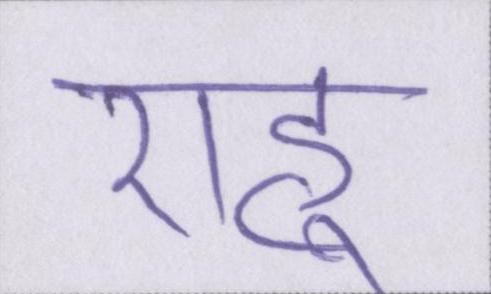
राहु